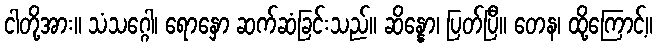
ငါတို့အား။ သံသဂ္ဂေါ၊ ရောနှော ဆက်ဆံခြင်းသည်။ ဆိန္နော၊ ပြတ်ပြီ။ တေန၊ ထို့ကြောင့်။